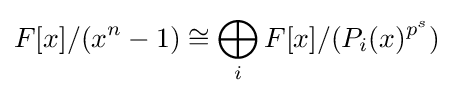
F[x]/(x^{n}-1)\cong \bigoplus _{i}F[x]/(P_{i}(x)^{p^{s}})